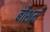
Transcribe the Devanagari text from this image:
बोशमें